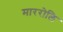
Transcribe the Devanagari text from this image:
माररोलि